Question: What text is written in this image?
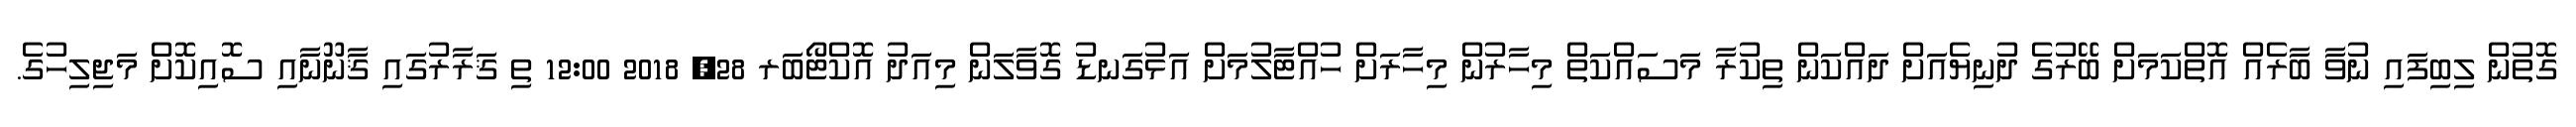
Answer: ގޮތުން ލިބިފައި ނުވާ ބާރެއް އޮތްކަމަށް ބޭރުގެ ދުނިޔެއަށް ދައްކަން ތިކުރާ މަސައްކަތް މިހާރުން މިހާރަށް ހުއްޓާލުމަށް އަޅުގަނޑު ގޮވާލަން މިއަދު އޮކްޓޯބަރ 28, 2018 12:00 ތި ޤަރާރުގައި ޤާނޫނާއި ސޮއިކޮށް މަޖިލިހުގެ.